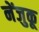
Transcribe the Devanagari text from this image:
नेंजुकू